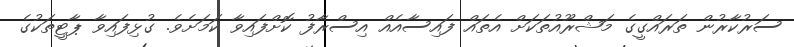
ސަރުކާރުން ތަރައްގީގެ މަޝްރޫއުތަކަށް އެތައް ފައިސާއެއް އިސްރާފު ކޮށްފައިވާ ކަމަށެވެ. ގުޅިފައިވާ ޕާޓީތަކުގެ